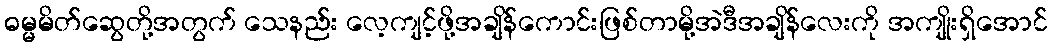
ဓမ္မမိတ်ဆွေတို့အတွက် သေနည်း လေ့ကျင့်ဖို့အချိန်ကောင်းဖြစ်တာမို့အဲဒီအချိန်လေးကို အကျိုးရှိအောင်